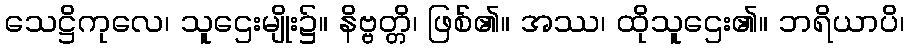
သေဋ္ဌိကုလေ၊ သူဌေးမျိုး၌။ နိဗ္ဗတ္တိ၊ ဖြစ်၏။ အဿ၊ ထိုသူဌေး၏။ ဘရိယာပိ၊